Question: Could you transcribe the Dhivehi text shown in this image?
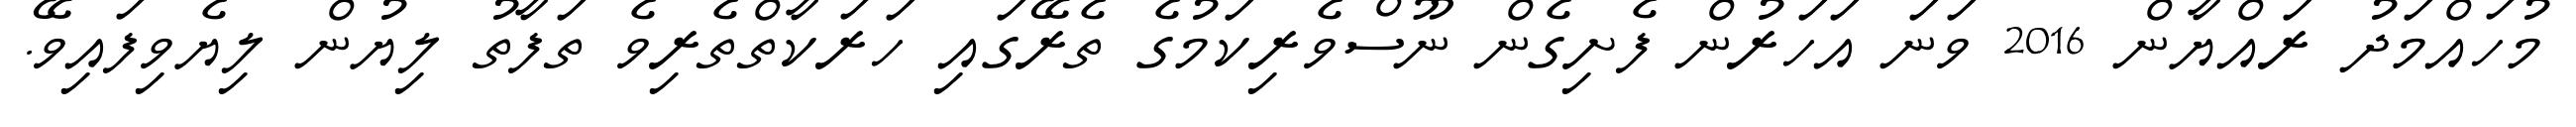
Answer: މުހައްމަދު ރައްޔާން 2016 ވަނަ އަހަރުން ފެށިގެން ނޫސްވެރިކަމުގެ ތެރޭގައި ހަރަކާތްތެރިވެ ތަފާތު ލިޔުން ލިޔެވިފައިވޭ.